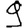
Digit: 9